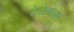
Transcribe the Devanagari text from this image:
वेळेबाहेर